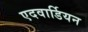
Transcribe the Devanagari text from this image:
एदवार्डियन